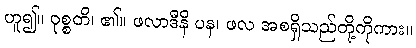
ဟူ၍။ ဝုစ္စတိ၊ ၏။ ဖလာဒီနိ ပန၊ ဖလ အစရှိသည်တို့ကိုကား။